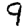
Digit: 9